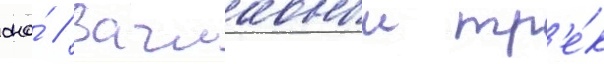
она́ // Заглавныи тр'е́к